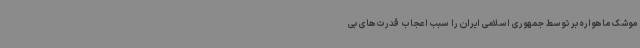
موشک ماهواره بر توسط جمهوری اسلامی ایران را سبب اعجاب قدرت‌های بی